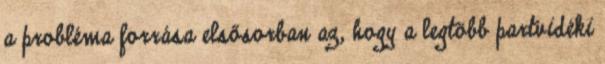
a probléma forrása elsősorban az, hogy a legtöbb partvidéki